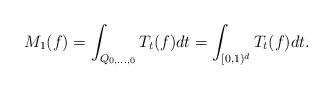
LaTeX: \begin{align*}M_1(f)= \int_{Q_{0,\ldots, 0}} T_t(f) dt= \int_{[0,1)^d} T_t(f) dt.\end{align*}